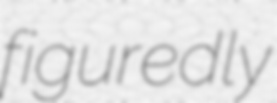
figuredly